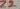
Text: Z2